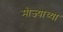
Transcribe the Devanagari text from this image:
मौज्याच्या